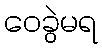
ဝေခွဲမရ